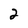
Character: 2